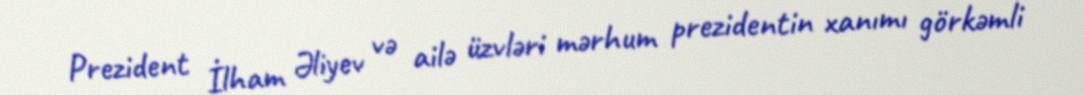
Prezident İlham Əliyev və ailə üzvləri mərhum prezidentin xanımı görkəmli